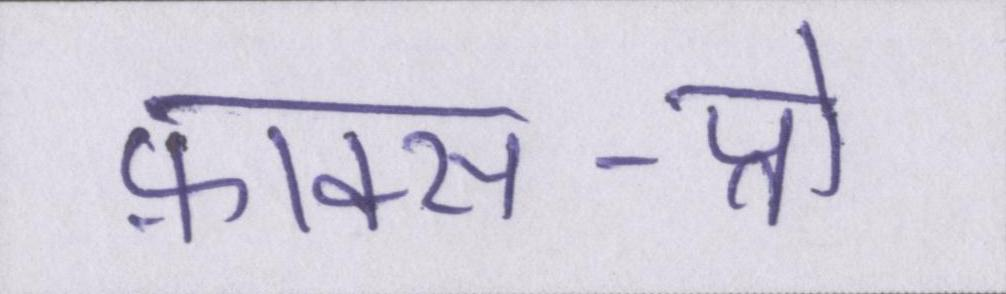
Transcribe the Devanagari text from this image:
फ़ाक्स-प्रो